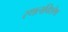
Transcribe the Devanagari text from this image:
स्थलविशेष